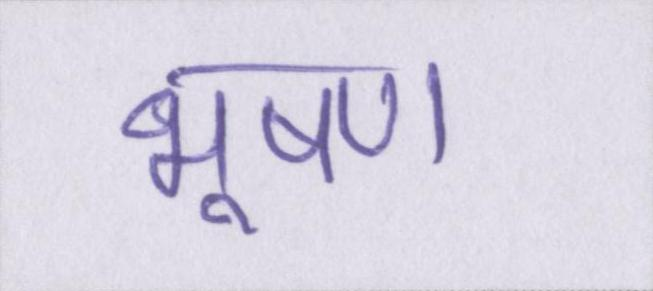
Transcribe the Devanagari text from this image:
भूषण